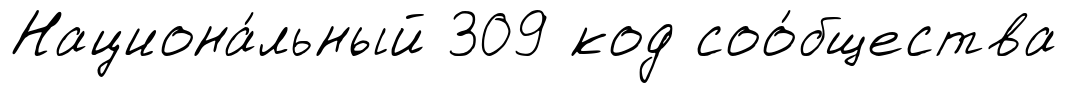
Национа́льный 309 код соо́бщества